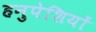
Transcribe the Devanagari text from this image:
हनुपेशियों